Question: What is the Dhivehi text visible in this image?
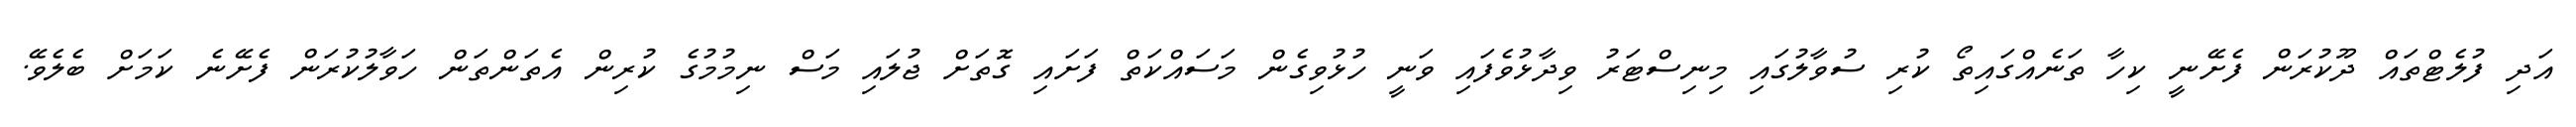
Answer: އަދި ފުލެޓްތައް ދޫކުރަން ފެށޭނީ ކިހާ ތަނެއްގައިތޯ ކުރި ސުވާލުގައި މިނިސްޓަރު ވިދާޅުވެފައި ވަނީ ހުޅުވިގެން މަސައްކަތް ފަށައި ގޮތަށް ޖުލައި މަސް ނިމުމުގެ ކުރިން އެތަންތަން ހަވާލުކުރަން ފެށޭނެ ކަމަށް ބެލެވޭ.